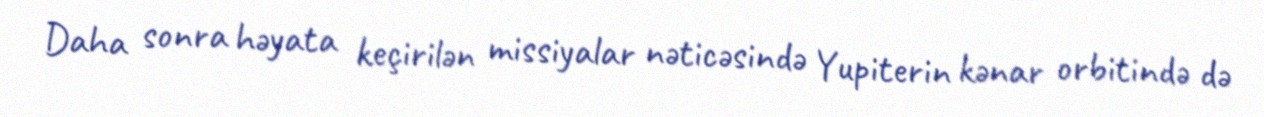
Daha sonra həyata keçirilən missiyalar nəticəsində Yupiterin kənar orbitində də